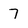
Character: 7